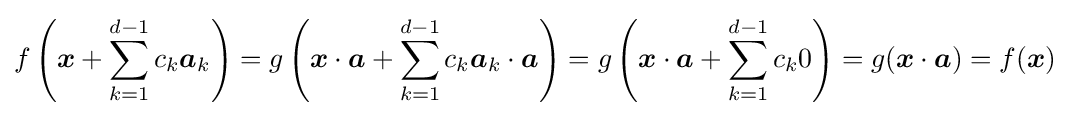
f\left({\boldsymbol {x}}+\sum _{k=1}^{d-1}c_{k}{\boldsymbol {a}}_{k}\right)=g\left({\boldsymbol {x}}\cdot {\boldsymbol {a}}+\sum _{k=1}^{d-1}c_{k}{\boldsymbol {a}}_{k}\cdot {\boldsymbol {a}}\right)=g\left({\boldsymbol {x}}\cdot {\boldsymbol {a}}+\sum _{k=1}^{d-1}c_{k}0\right)=g({\boldsymbol {x}}\cdot {\boldsymbol {a}})=f({\boldsymbol {x}})